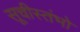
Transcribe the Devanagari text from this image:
सूचीस्तंभो